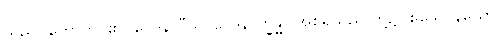
သည်။ ဟောတိ၊ ၏။ ဝေဒနာဒီသု၊ ဝေဒနာက္ခန္ဓာ အစရှိသည် တို့၌။ ဧသေဝနယော၊